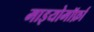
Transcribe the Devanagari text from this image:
माइयोमॉर्फ़ा